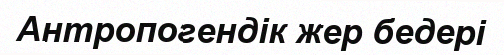
Антропогендік жер бедері